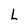
Character: L